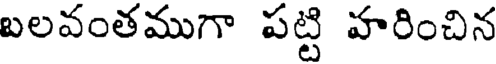
బలవంతముగా పట్టి హరించిన